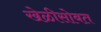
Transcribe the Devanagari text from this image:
खेळीसोबत